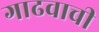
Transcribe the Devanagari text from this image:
गाढवाची